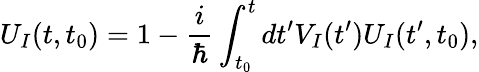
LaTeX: U_{I}(t,t_{0})=1-\frac{i}{\hbar}\int_{t_{0}}^{t}dt^{\prime}V_{I}(t^{\prime})U_{I}(t^{\prime},t_{0}),